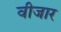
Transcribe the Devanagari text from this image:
वीजार